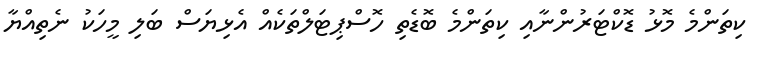
ކިތަންމެ މޮޅު ޑޮކްޓަރުންނާއި ކިތަންމެ ބޮޑެތި ހޮސްޕިޓަލްތަކެއް އެޅިޔަސް ބަލި މީހަކު ނެތިއްޔާ